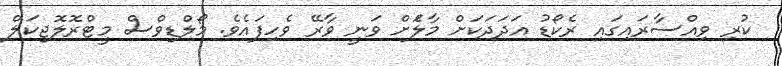
ކުރި ވިއްސާރައިގައި ރެކޯޑު އަދަދަކަށް މާލެަށް ވަނީ ވާރޭ ވެހިފައެވެ. މޯލްޑިވްސް މީޓްރޮލޮޖިކަލް